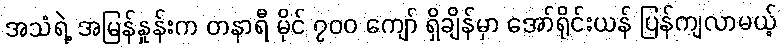
အသံရဲ့ အမြန်နှုန်းက တနာရီ မိုင် ၇၀၀ ကျော် ရှိချိန်မှာ အော်ရိုင်းယန် ပြန်ကျလာမယ့်